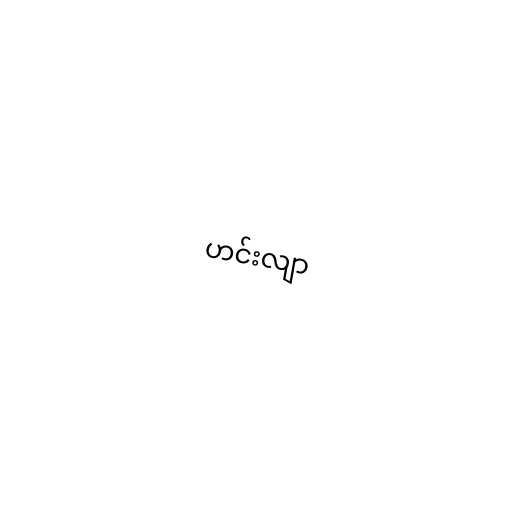
ဟင်းလျာ